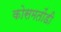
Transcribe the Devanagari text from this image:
कोसमतोंडी